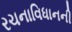
રચનાવિધાનની